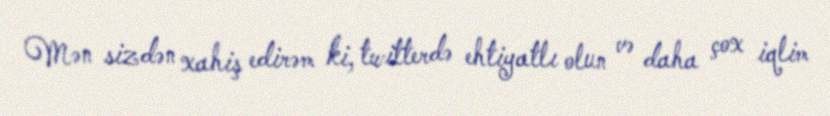
Mən sizdən xahiş edirəm ki, twitterdə ehtiyatlı olun və daha çox iqlim